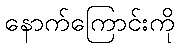
နောက်ကြောင်းကို